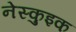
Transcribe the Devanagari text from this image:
नेस्कुइक